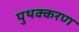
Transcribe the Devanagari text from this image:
पुथक्करण